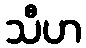
သီဟ